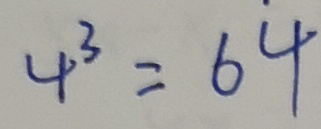
4 ^ { 3 } = 6 4